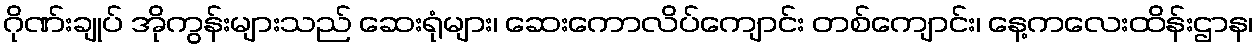
ဂိုဏ်းချုပ် အိုကွန်းများသည် ဆေးရုံများ၊ ဆေးကောလိပ်ကျောင်း တစ်ကျောင်း၊ နေ့ကလေးထိန်းဌာန၊